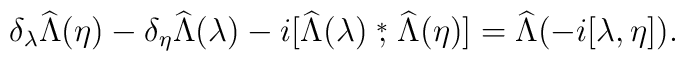
\delta_\lambda\widehat\Lambda(\eta)-\delta_\eta\widehat\Lambda(\lambda)-i[\widehat\Lambda(\lambda)\stackrel{*}{,}\widehat\Lambda(\eta)]=\widehat\Lambda(-i[\lambda,\eta]).